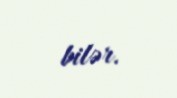
bilər.